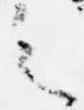
之